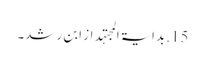
15. بدایۃ المجتہد از ابن رشد۔